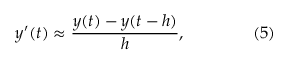
y ^ { \prime } ( t ) \approx { \frac { y ( t ) - y ( t - h ) } { h } } , \qquad \qquad ( 5 )